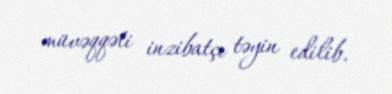
müvəqqəti inzibatçı təyin edilib.